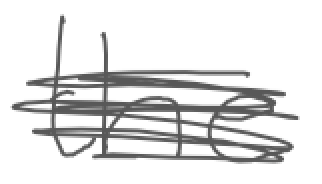
Text: the
Cross-out: scratch
Writing tool: digital_gray